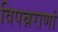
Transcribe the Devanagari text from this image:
विपन्नराणां